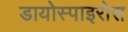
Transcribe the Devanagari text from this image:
डायोस्पाइरोस